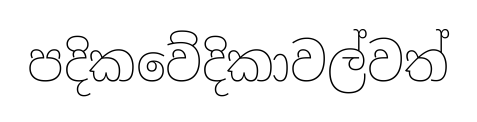
පදිකවේදිකාවල්වත්